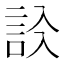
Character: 𧦁